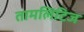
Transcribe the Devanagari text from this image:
तामलिटिज